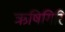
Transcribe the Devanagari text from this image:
ऋषिगिरि